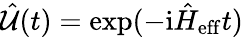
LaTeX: \hat{\mathcal{U}}(t)=\exp(-\mathrm{i}\hat{H}_{\mathrm{eff}}t)